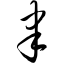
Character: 聿